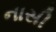
નાસી